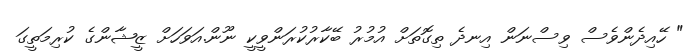
" ހޭއިދެންވެސް ވިސްނަން އިނދެ ތިގޮތަށް އުމުރު ބޭކާރުކުރަންވީކީ ނޫން.އަވަހަށް ޒީޝާންގެ ކުރިމަތީގަ